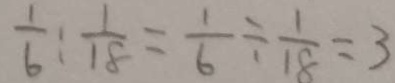
\frac { 1 } { 6 } : \frac { 1 } { 1 8 } = \frac { 1 } { 6 } \div \frac { 1 } { 1 8 } = 3